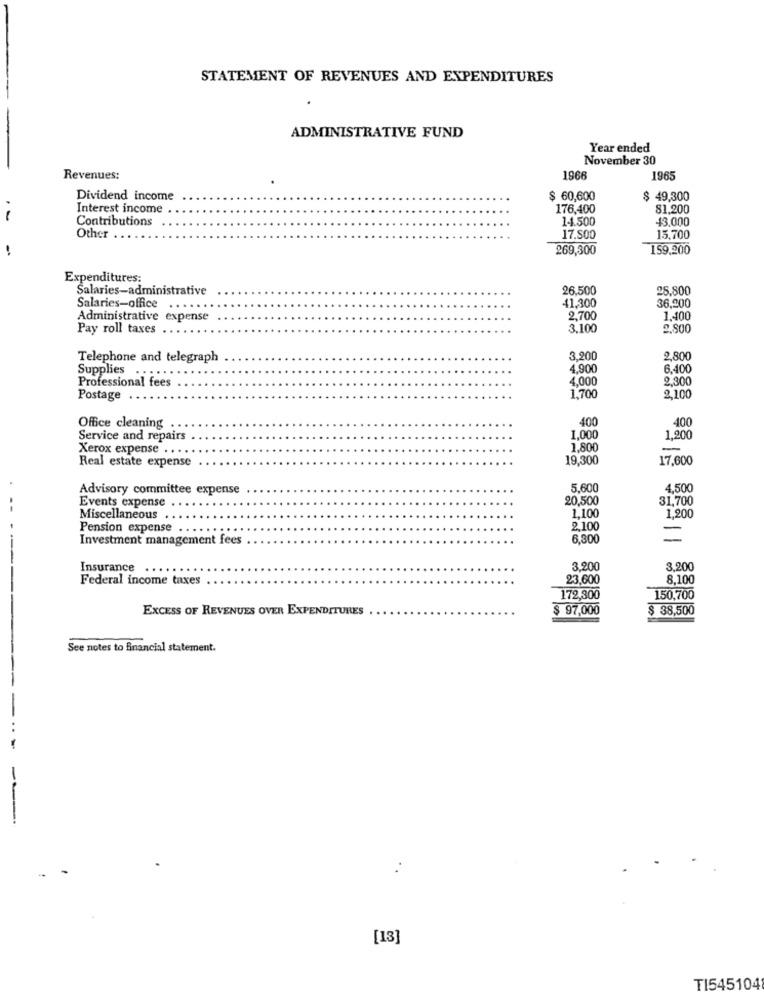
STATEMENT OF REVENUES AND EXPENDITURES
ADMINISTRATIVE FUND
Year ended
November 30
Revenues:
1966
1965
Dividend income
$ 60,600
$ 49,300
Interest income
176,400
81,200
Contributions
1-1.500
43.000
Other
17.500
15,700
!
269,300
159.200
Expenditures:
Salaries-administrative
26,500
28.800
41,300
36,200
Salaries-office
Administrative expense
2,700
1,400
Pay roll taxes
3.100
2,800
Telephone and telegraph
3.200
2.800
Supplies
4,900
6.400
Professional fees
4.000
9.900
Postage
1,700
2,100
400
400
Office cleaning
1.000
Service and repairs
1.200
Xerox expense . .
1.800
-
Real estate expense
19,300
17,600
Advisory committee expense
5.600
4,500
Events expense
20,500
31,700
1.100
Miscellaneous . .
1,200
Pension expense . .
2,100
Investment management fees
6,300
Insurance
3.200
3.200
Federal income taxes
23,600
8,100
172,300
150,700
EXCESS OF REVENUES OVER EXPENDITURES
$ 97,000
$ 38,500
See notes to financial statement.
[13]
TI545104